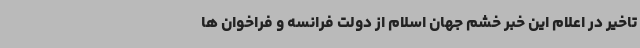
تاخیر در اعلام این خبر خشم جهان اسلام از دولت فرانسه و فراخوان ها